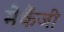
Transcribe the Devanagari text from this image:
मेकैंजी